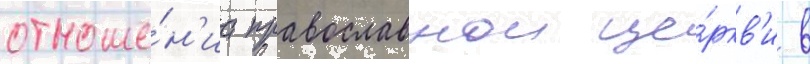
отноше́н'иа православнои це́ркв'и в